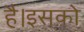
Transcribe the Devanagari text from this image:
है।इसको